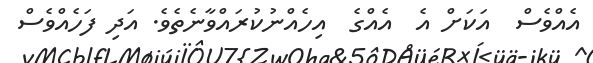
އެއްވެސް  އަކަށް އެ  އެއްގެ  އިހެއްނުކުރައްވާނެތެވެ. އަދި ފަހެއްވެސް